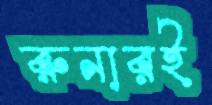
রুনারই